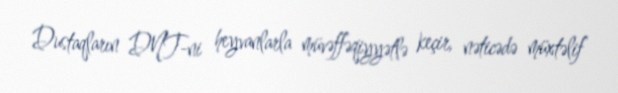
Dustaqların DNT-ni heyvanlarla müvəffəqiyyətlə keçir, nəticədə müxtəlif